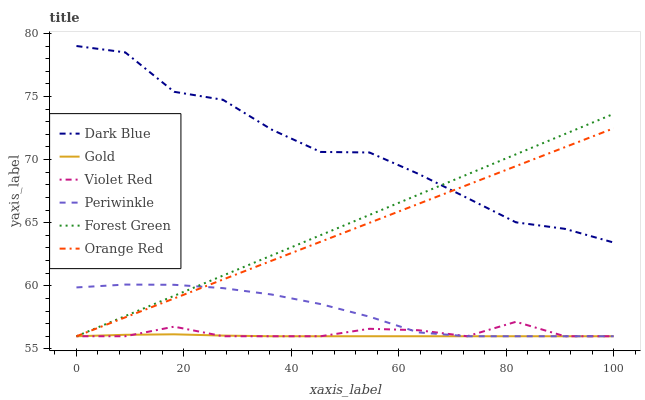
| xaxis_label | Dark Blue | Gold | Violet Red | Periwinkle | Forest Green | Orange Red |
 | --- | --- | --- | --- | --- | --- | --- |
 | 0 | 79 | 56 | 56 | 59.9 | 56 | 56 |
 | 9.09 | 78.5 | 56.1 | 56 | 60.1 | 57.6 | 57.5 |
 | 18.2 | 75.4 | 56.2 | 56.8 | 60.1 | 59.2 | 59 |
 | 27.3 | 74.7 | 56.1 | 56 | 59.8 | 60.8 | 60.5 |
 | 36.4 | 72.4 | 56 | 56 | 59.3 | 62.4 | 62 |
 | 45.5 | 70.6 | 56 | 56 | 58.6 | 64 | 63.5 |
 | 54.5 | 70.6 | 56 | 56.6 | 57.6 | 65.6 | 65 |
 | 63.6 | 68.9 | 56 | 56.5 | 56.3 | 67.2 | 66.5 |
 | 72.7 | 67 | 56 | 56 | 56 | 68.8 | 68 |
 | 81.8 | 65 | 56 | 57.1 | 56 | 70.4 | 69.5 |
 | 90.9 | 64.5 | 56 | 56 | 56 | 72 | 71 |
 | 100 | 63.4 | 56 | 56 | 56 | 73.6 | 72.5 |